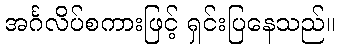
အင်္ဂလိပ်စကားဖြင့် ရှင်းပြနေသည်။